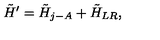
\tilde { H } ^ { \prime } = \tilde { H } _ { j - A } + \tilde { H } _ { L R } ,